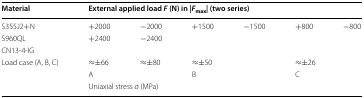
<table><thead><tr><td><b>Material</b></td><td colspan="6"><b>External applied load <i>F</i> (N) in |<i>F</i><sub>max</sub>| (two series)</b></td></tr></thead><tbody><tr><td>S355J2+N</td><td>+2000</td><td>−2000</td><td rowspan="3">+1500</td><td rowspan="3">−1500</td><td rowspan="3">+800</td><td rowspan="3">−800</td></tr><tr><td>S960QL</td><td rowspan="2">+2400</td><td rowspan="2">−2400</td></tr><tr><td>CN13-4-IG</td></tr><tr><td rowspan="2">Load case (A, B, C)</td><td>≈±66</td><td>≈±80</td><td colspan="2">≈±50</td><td colspan="2">≈±26</td></tr><tr><td colspan="2">A</td><td colspan="2">B</td><td colspan="2">C</td></tr><tr><td></td><td colspan="6">Uniaxial stress <i>σ</i> (MPa)</td></tr></tbody></table>